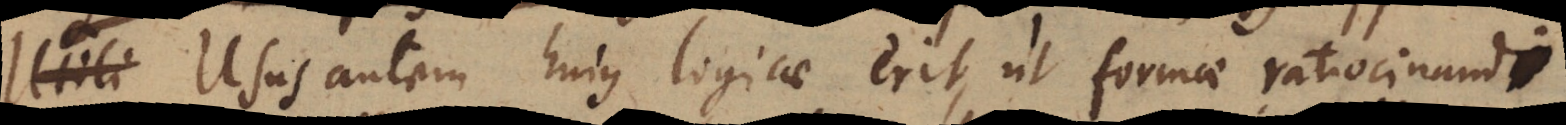
Utili Usus autem hujus logicae erit, ut formae ratiocinandi